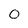
Character: O